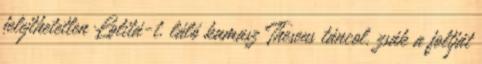
felejthetetlen Lolitá-t. láló kamasz Theseus táncol, zsák a foltját